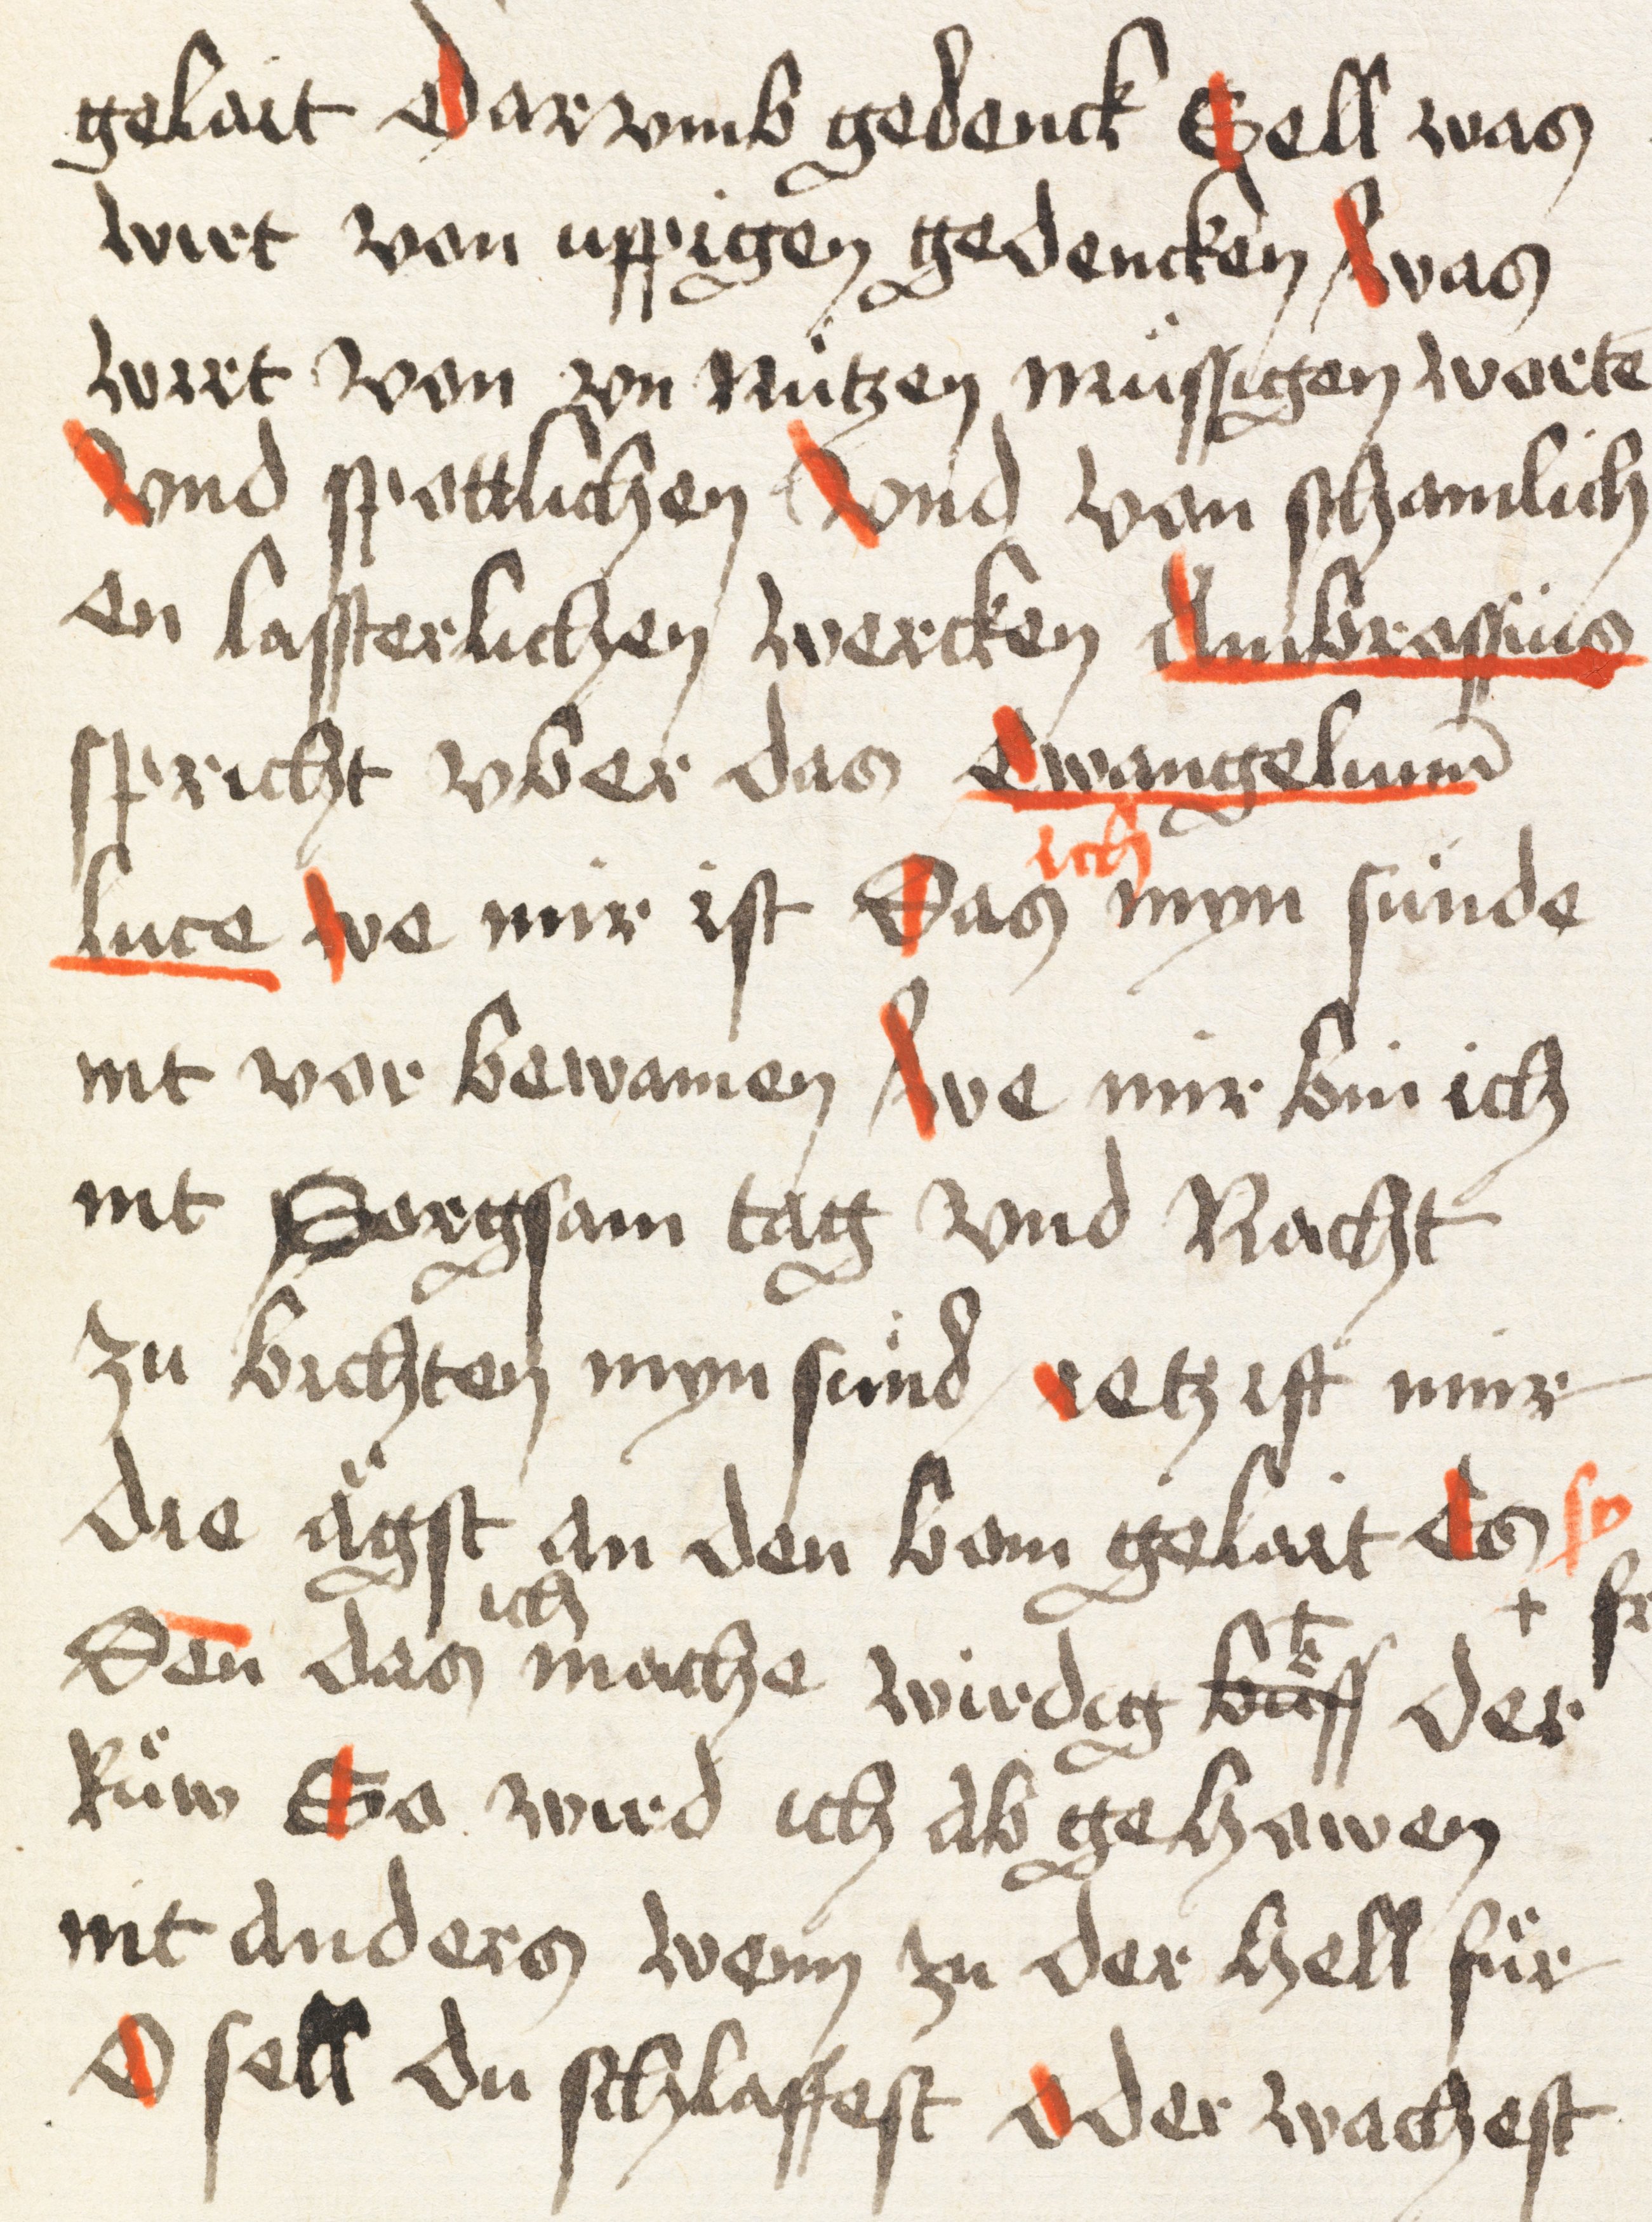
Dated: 1498–1498